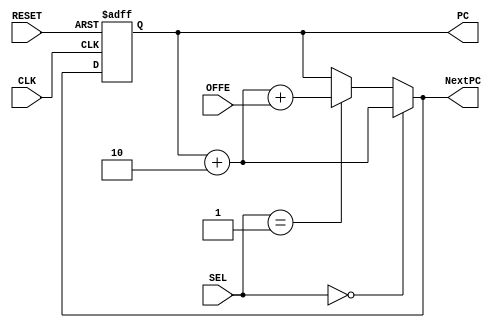
module PC(CLK, RESET, PC, NextPC, SEL, OFFE);

input CLK, RESET;
input[1:0] SEL;
input[7:0] OFFE;
output [7:0] PC, NextPC;
reg [7:0] PC;

always @(posedge CLK, posedge RESET) begin
	if(RESET == 1) PC = 8'd0;
	else PC = NextPC;
end
assign NextPC = (SEL == 2'd0) ? PC + 8'd2 : ((SEL == 2'd1) ? PC + 8'd2 + OFFE : PC); 

endmodule